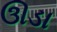
ઊડા